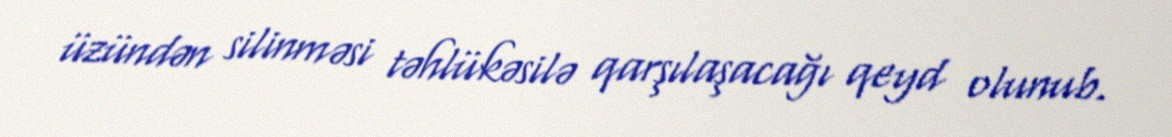
üzündən silinməsi təhlükəsilə qarşılaşacağı qeyd olunub.